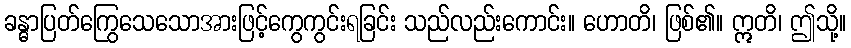
ခန္ဓာပြတ်ကြွေသေသောအားဖြင့်ကွေကွင်းရခြင်း သည်လည်းကောင်း။ ဟောတိ၊ ဖြစ်၏။ ဣတိ၊ ဤသို့။